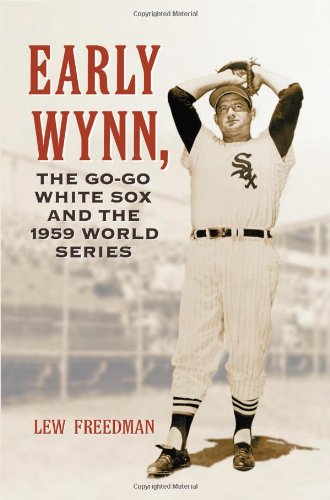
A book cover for Early Wynn, the Go-Go White Sox and the 1959 World Series; Lew Freedman; Biographies & Memoirs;